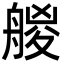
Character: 艐